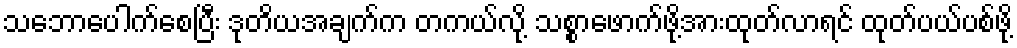
သဘောပေါက်စေပြီး ဒုတိယအချက်က တကယ်လို့ သစ္စာဖောက်ဖို့အားထုတ်လာရင် ထုတ်ပယ်ပစ်ဖို့